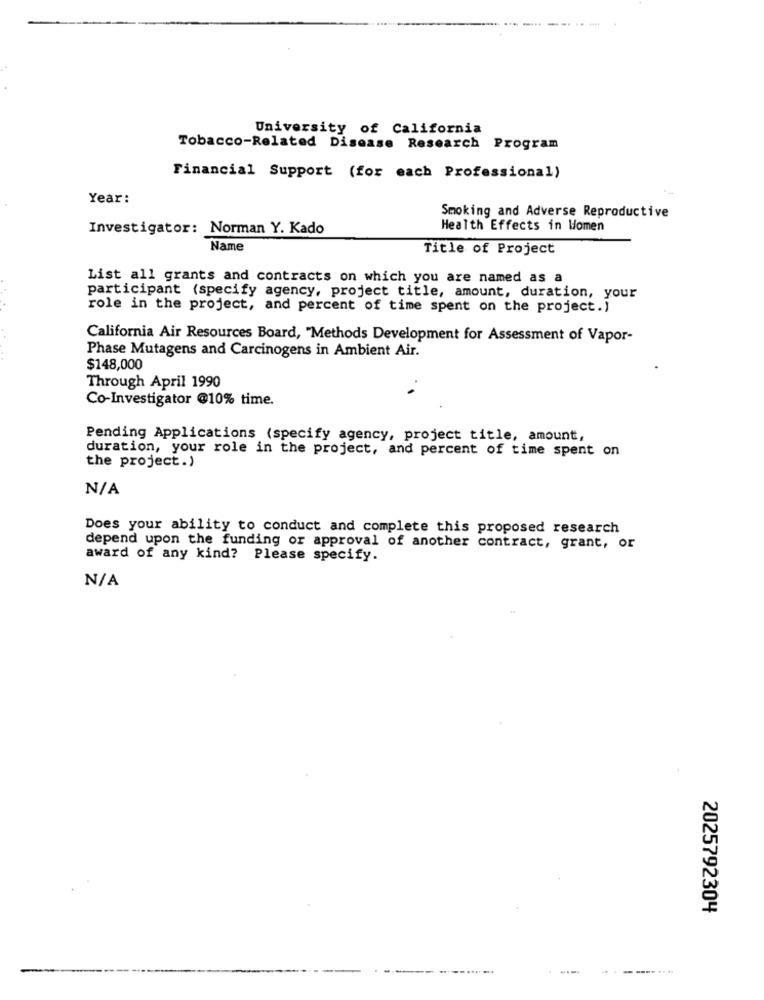
University of California
Tobacco-Related Disease Research Program
Financial Support (for each Professional)
Year:
Smoking and Adverse Reproductive
Investigator: Norman Y. Kado
Health Effects in Women
Name
Title of Project
List all grants and contracts on which you are named as a
participant (specify agency, project title, amount, duration, your
role in the project, and percent of time spent on the project.)
California Air Resources Board, "Methods Development for Assessment of Vapor-
Phase Mutagens and Carcinogens in Ambient Air.
$148,000
Through April 1990
Co-Investigator @10% time.
Pending Applications (specify agency, project title, amount,
duration, your role in the project, and percent of time spent on
the project.)
Does your ability to conduct and complete this proposed research
depend upon the funding or approval of another contract, grant, or
award of any kind? Please specify.
2025792304